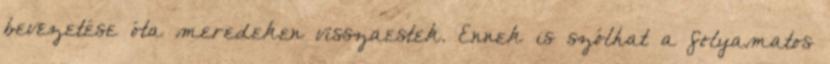
bevezetése óta meredeken visszaestek. Ennek is szólhat a folyamatos